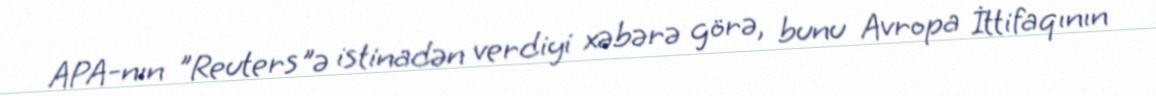
APA-nın "Reuters"ə istinadən verdiyi xəbərə görə, bunu Avropa İttifaqının